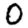
Digit: 0